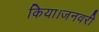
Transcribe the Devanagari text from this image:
किया।जनवरी